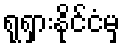
ရုရှားနိုင်ငံမှ